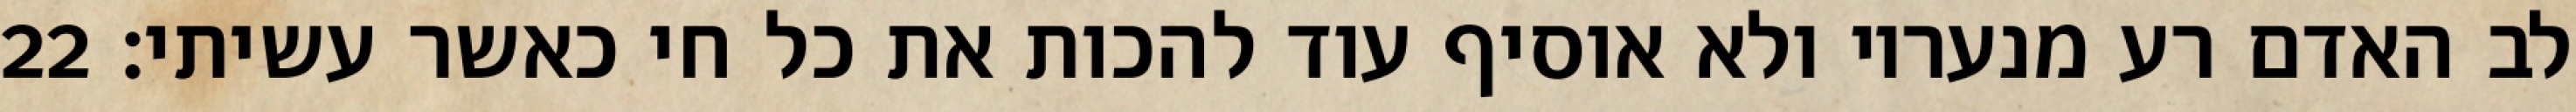
לב האדם רע מנעריו ולא אוסיף עוד להכות את כל חי כאשר עשיתי׃ ‎22‏